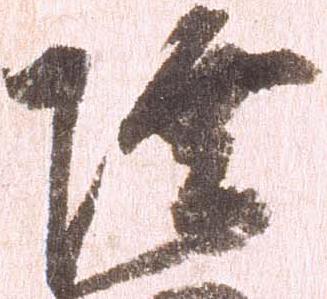
陸